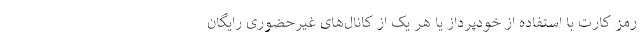
رمز کارت با استفاده از خودپرداز یا هر یک از کانال‌های غیرحضوری رایگان